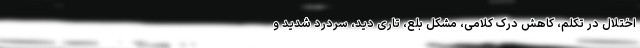
اختلال در تکلم، کاهش درک کلامی، مشکل بلع، تاری دید، سردرد شدید و